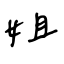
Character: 姐